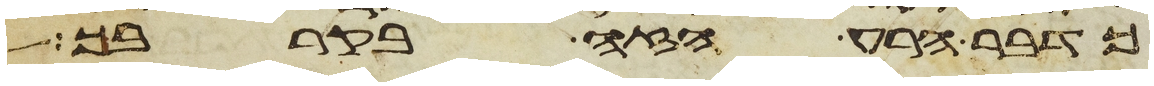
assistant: כדבר הרע הזה בקרבך